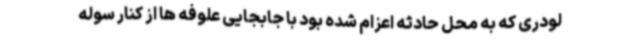
لودری که به محل حادثه اعزام شده بود با جابجایی علوفه ها از کنار سوله